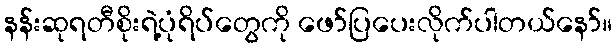
နန်းဆုရတီစိုးရဲ့ပုံရိပ်တွေကို ဖော်ပြပေးလိုက်ပါတယ်နော်။